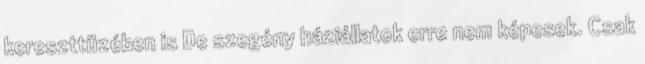
kereszttüzében is De szegény háziállatok erre nem képesek. Csak